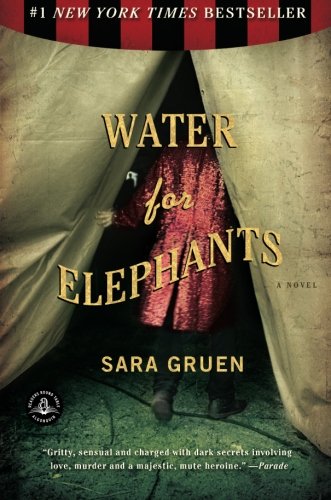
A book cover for Water for Elephants: A Novel; Sara Gruen; Literature & Fiction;